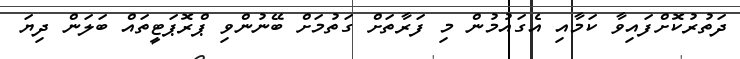
ދަތުރުކޮށްފައިވާ ކަމާއި އެގައުމުން މި ފަރާތަށް ގަތުމަށް ބޭނުންވި ޕްރޮޕަޓީތައް ބަލަން ދިޔަ